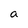
Character: a